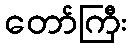
တော်ကြီး